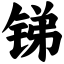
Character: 锑